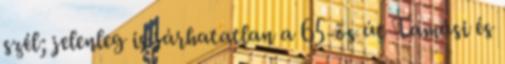
szél; jelenleg is járhatatlan a 65-ös út Tamási és